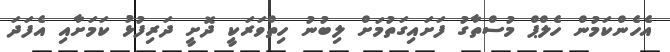
އެހެންކަމުން ހެލްޕް މުސްތާގު ފަށައިގަތުމަށް ލިބުނު ހިތްވަރަކީ ދޮށީ ދަރިފުޅު ކަމަށާއި އެފަދަ